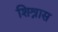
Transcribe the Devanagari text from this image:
शिश्नास